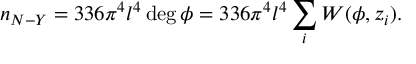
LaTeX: n _ { N - Y } = 3 3 6 \pi ^ { 4 } l ^ { 4 } \deg \phi = 3 3 6 \pi ^ { 4 } l ^ { 4 } \sum _ { i } W ( \phi , z _ { i } ) .